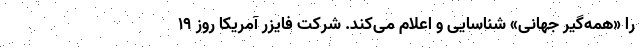
را «همه‌گیر جهانی» شناسایی و اعلام می‌کند. شرکت فایزر آمریکا روز ۱۹